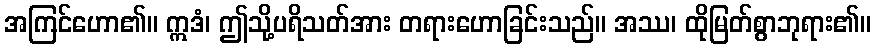
အကြင်ဟော၏။ ဣဒံ၊ ဤသို့ပရိသတ်အား တရားဟောခြင်းသည်။ အဿ၊ ထိုမြတ်စွာဘုရား၏။